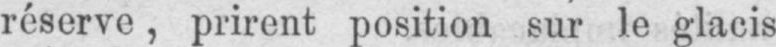
réserve, prirent position sur le glacis